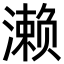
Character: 濑